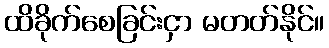
ထိခိုက်စေခြင်းငှာ မတတ်နိုင်။